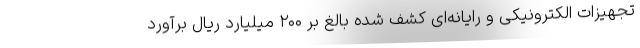
تجهیزات الکترونیکی و رایانه‌ای کشف شده بالغ بر ۲۰۰ میلیارد ریال برآورد